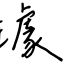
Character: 璩